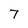
Character: 7